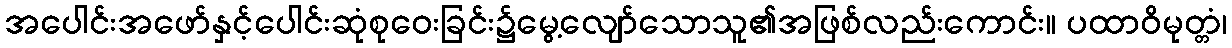
အပေါင်းအဖော်နှင့်ပေါင်းဆုံစုဝေးခြင်း၌မွေ့လျော်သောသူ၏အဖြစ်လည်းကောင်း။ ပထာဝိမုတ္တံ၊